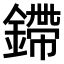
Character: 𫒿